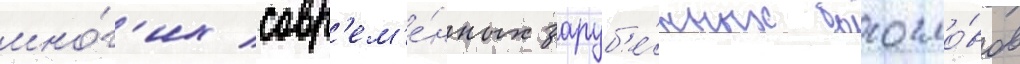
мно́г'их совр'ем'е́нных заруб'е́жных богосло́вов